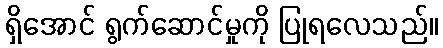
ရှိအောင် ရွက်ဆောင်မှုကို ပြုရလေသည်။